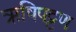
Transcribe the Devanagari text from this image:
ऋषिपट्टण